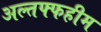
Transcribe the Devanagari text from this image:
अल्तफ्फहीम